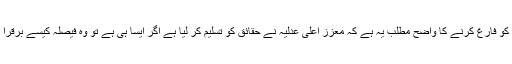
ٹوئٹر پر مریم نواز نے لکھا کہ ’’جج کو فارغ کرنے کا واضح مطلب یہ ہے کہ معزز اعلیٰ عدلیہ نے حقائق کو تسلیم کر لیا ہے اگر ایسا ہی ہے تو وہ فیصلہ کیسے برقرا رکھا جا رہا ہے جو اس جج نے دیا ؟